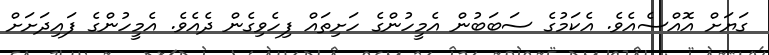
ގަޔަށް އޮއްސެއެވެ. އެކަމުގެ ސަބަބުން އެމީހުންގެ ހަށިތައް ފިހެވިގެން ދެއެވެ. އެމީހުންގެ ފައިދަށަށް